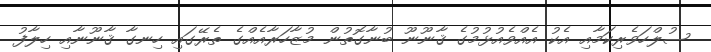
ސުލްހަވެރިކަމާއި އެކު އެއްވެއުޅުމުގެ ޤާނޫނޫ ބުނާގޮތުން މުޒާހަރާއެއްގެ ތެރޭގައި ހިނގާ ޤާނޫނާއި ހިލާފު